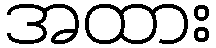
အထား